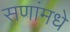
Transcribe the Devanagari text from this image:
सणांमधे